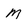
Character: M